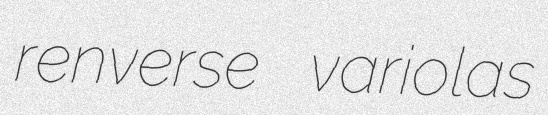
renverse variolas